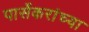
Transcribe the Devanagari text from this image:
पार्सेकरांच्या